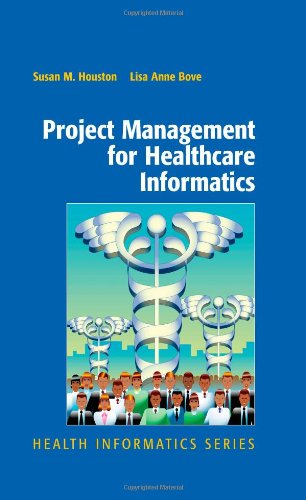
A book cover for Project Management for Healthcare Informatics (Health Informatics); Susan Houston; Medical Books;